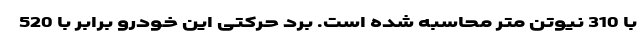
با 310 نیوتن متر محاسبه شده است. برد حرکتی این خودرو برابر با 520